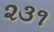
૨૩૧